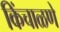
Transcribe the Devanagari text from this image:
किंचाळणे